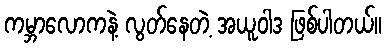
ကမ္ဘာလောကနဲ့ လွတ်နေတဲ့ အယူဝါဒ ဖြစ်ပါတယ်။